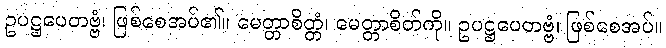
ဥပဋ္ဌပေတဗ္ဗံ၊ ဖြစ်စေအပ်၏။ မေတ္တာစိတ္တံ၊ မေတ္တာစိတ်ကို။ ဥပဋ္ဌပေတဗ္ဗံ၊ ဖြစ်စေအပ်။